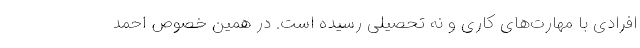
افرادی با مهارت‌های کاری و نه تحصیلی رسیده است. در همین خصوص احمد